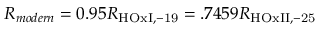
R _ { m o d e r n } = 0 . 9 5 R _ { \mathrm { H O x I , - 1 9 } } = . 7 4 5 9 R _ { \mathrm { H O x I I , - 2 5 } }